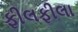
ફીલફીલા